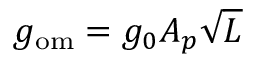
g _ { \mathrm { o m } } = g _ { 0 } A _ { p } \sqrt { L }